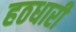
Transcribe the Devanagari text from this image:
हठधारी